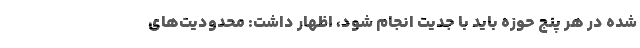
شده در هر پنج حوزه باید با جدیت انجام شود، اظهار داشت: محدودیت‌های